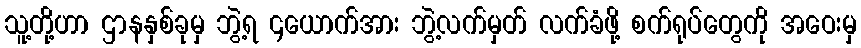
သူ့တို့ဟာ ဌာနနှစ်ခုမှ ဘွဲ့ရ ၄ယောက်အား ဘွဲ့လက်မှတ် လက်ခံဖို့ စက်ရုပ်တွေကို အဝေးမှ